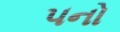
૫નો